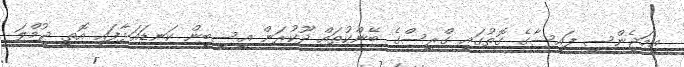
އިމަޖެންސީ ފައިސާގެ ގޮތުގައި ގްރީސްގެ ބޭންކުތައް ދޫކުރަން އީސީބީން ކަނޑައަޅާފައި އޮތީ ޖުމްލަ